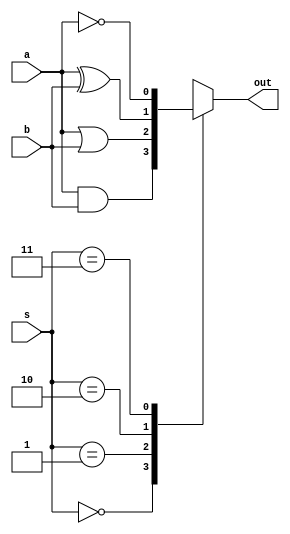
module cl(output reg out, input wire a, b, input wire [1:0] s);

always @*
begin
  case(s)
    2'b00: out = a & b;
    2'b01: out = a | b;
    2'b10: out = a ^ b;
    2'b11: out = ~a;
    default: out = 'bx;
  endcase

end
endmodule